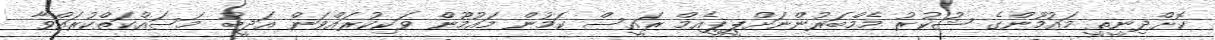
ކޮށްދިނީތީ މައުމޫންގެ ޝުކުރު މެމްބަރުންނަށްޕީޕީއެމް ރައީސް ކަމުން މައުމޫން ވަކިކުރައްވަން އަދީބު މަސައްކަތްކުރައްވާ